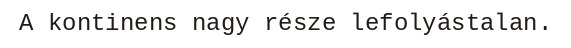
A kontinens nagy része lefolyástalan.